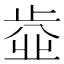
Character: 𣦄